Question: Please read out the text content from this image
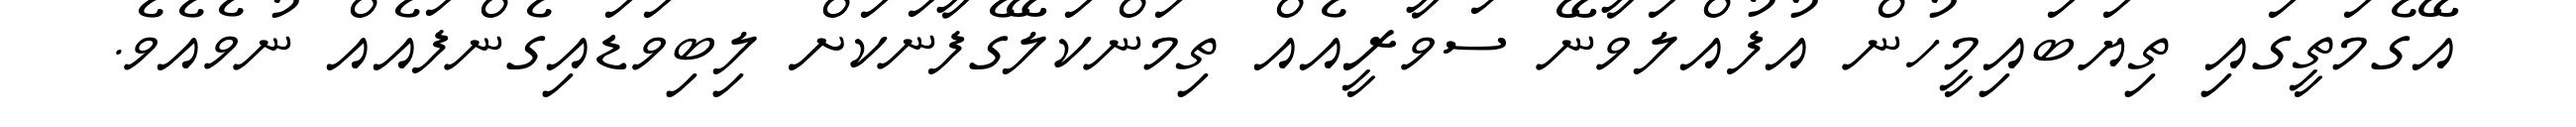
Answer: އޭގެމަތީގައި ތިޔަބައިމީހުން އުފުއްލަވާނޭ ސަވާރީއެއް ތިމަންކަލޭގެފާނަކަށް ލިބިވަޑައިގެންފައެއް ނުވެއެވެ.